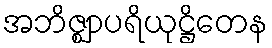
အဘိဇ္ဈာပရိယုဋ္ဌိတေန